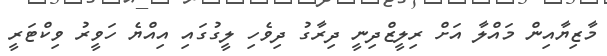
މާޒިޔާއިން މައްލާ އަށް ރިލީޒްދިނީ ދިރާގު ދިވެހި ލީގުގައި އިއްޔެ ހަވީރު ވިކްޓަރީ